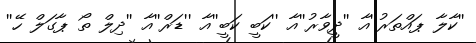
''ކާލާ ޕައްތަރު''އާ ''ދީވާރު''އާ ''ކަބީ ކަބީ''އާ ''ޑަރް''އާ ''ދިލް ތޯ ޕާގަލް ހޭ''